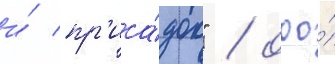
и́ пр'иса́док" / ооо́